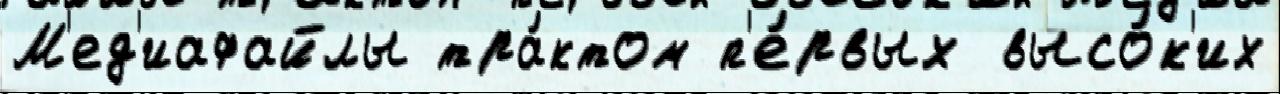
М'ед'иафайлы тра́ктом п'е́рвых высо́к'их